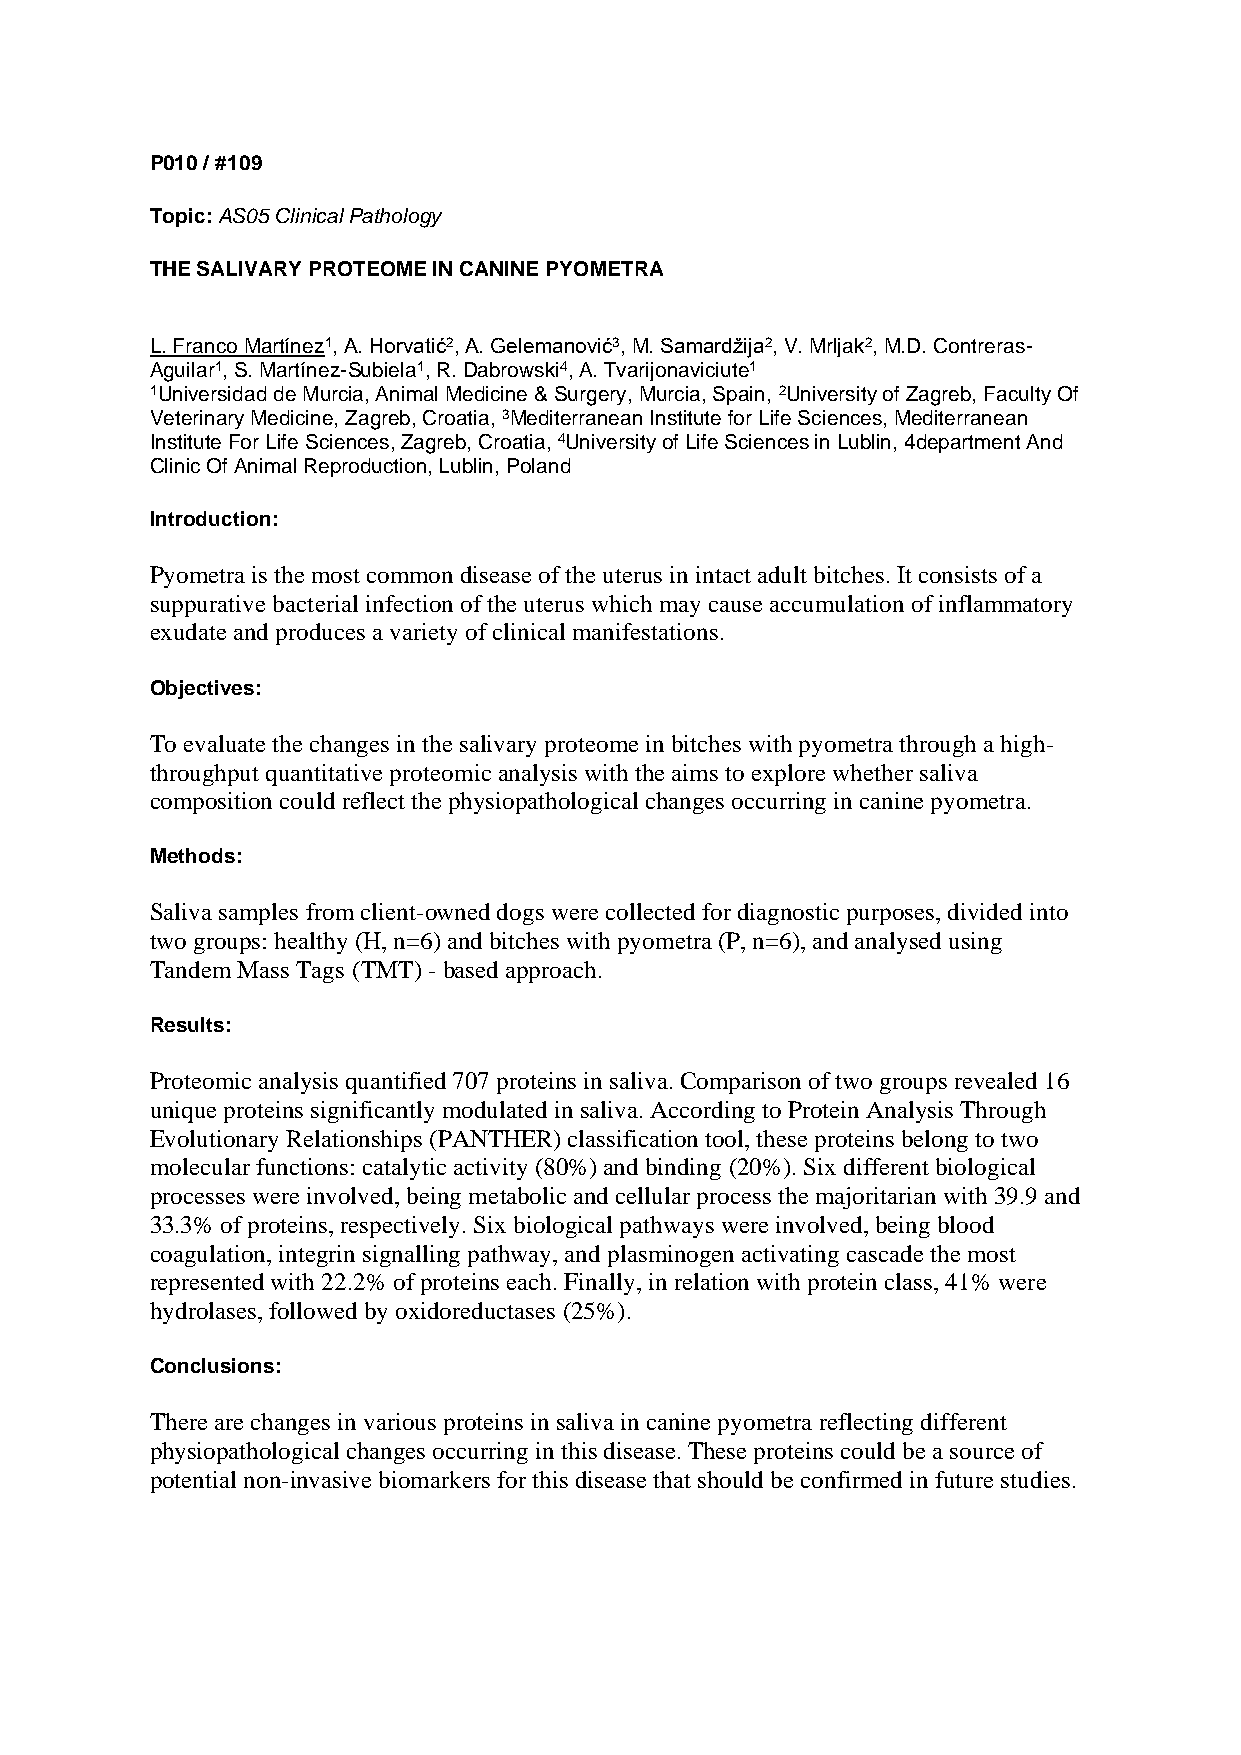
P010 / #109
 Topic: AS05 Clinical Pathology
 THE SALIVARY PROTEOME IN CANINE PYOMETRA
 L. Franco Martínez1, A. Horvatić2, A. Gelemanović3, M. Samardžija2, V. Mrljak2, M.D. Contreras-
 Aguilar1, S. Martínez-Subiela1, R. Dabrowski4, A. Tvarijonaviciute1
 1Universidad de Murcia, Animal Medicine & Surgery, Murcia, Spain, 2University of Zagreb, Faculty Of
 Veterinary Medicine, Zagreb, Croatia, 3Mediterranean Institute for Life Sciences, Mediterranean
 Institute For Life Sciences, Zagreb, Croatia, 4University of Life Sciences in Lublin, 4department And
 Clinic Of Animal Reproduction, Lublin, Poland
 Introduction:
 Pyometra is the most common disease of the uterus in intact adult bitches. It consists of a
 suppurative bacterial infection of the uterus which may cause accumulation of inflammatory
 exudate and produces a variety of clinical manifestations.
 Objectives:
 To evaluate the changes in the salivary proteome in bitches with pyometra through a high-
 throughput quantitative proteomic analysis with the aims to explore whether saliva
 composition could reflect the physiopathological changes occurring in canine pyometra.
 Methods:
 Saliva samples from client-owned dogs were collected for diagnostic purposes, divided into
 two groups: healthy (H, n=6) and bitches with pyometra (P, n=6), and analysed using
 Tandem Mass Tags (TMT) - based approach.
 Results:
 Proteomic analysis quantified 707 proteins in saliva. Comparison of two groups revealed 16
 unique proteins significantly modulated in saliva. According to Protein Analysis Through
 Evolutionary Relationships (PANTHER) classification tool, these proteins belong to two
 molecular functions: catalytic activity (80%) and binding (20%). Six different biological
 processes were involved, being metabolic and cellular process the majoritarian with 39.9 and
 33.3% of proteins, respectively. Six biological pathways were involved, being blood
 coagulation, integrin signalling pathway, and plasminogen activating cascade the most
 represented with 22.2% of proteins each. Finally, in relation with protein class, 41% were
 hydrolases, followed by oxidoreductases (25%).
 Conclusions:
 There are changes in various proteins in saliva in canine pyometra reflecting different
 physiopathological changes occurring in this disease. These proteins could be a source of
 potential non-invasive biomarkers for this disease that should be confirmed in future studies.